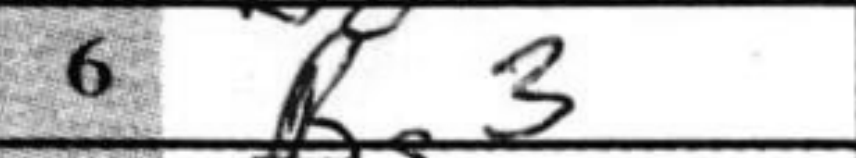
Transcription: Bg3